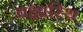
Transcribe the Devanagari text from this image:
वक्षास्थि